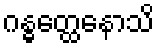
ဂန္ဓတ္ထေနောသိ